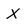
Character: x